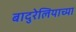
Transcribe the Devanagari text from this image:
बादुरेलियाच्या